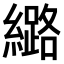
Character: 𫄉